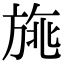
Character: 𣃿